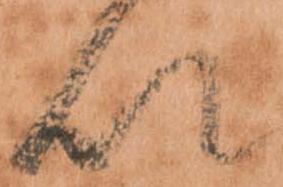
以